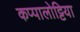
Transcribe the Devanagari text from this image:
कप्पालोट्टिया